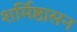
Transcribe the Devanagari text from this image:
शर्मिष्ठासन